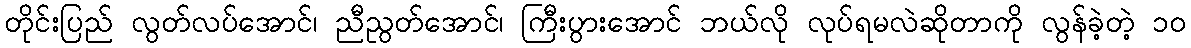
တိုင်းပြည် လွတ်လပ်အောင်၊ ညီညွတ်အောင်၊ ကြီးပွားအောင် ဘယ်လို လုပ်ရမလဲဆိုတာကို လွန်ခဲ့တဲ့ ၁၀